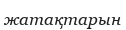
жатақтарын